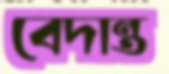
বেদান্ত